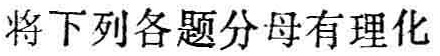
将下列各题分母有理化